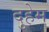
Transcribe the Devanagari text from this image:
दुहेम